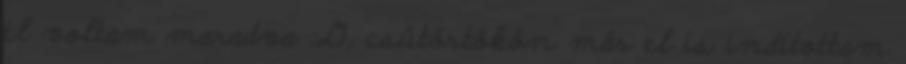
el voltam maradva :D, csütörtökön már el is indítottam